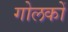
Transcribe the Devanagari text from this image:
गोलकों